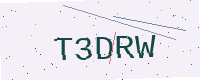
Text: T3DRW